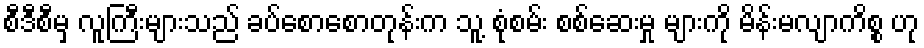
စီဒီစီမှ လူကြီးများသည် ခပ်စောစောတုန်းက သူ့ စုံစမ်း စစ်ဆေးမှု များကို မိန်းမလျာကိစ္စ ဟု